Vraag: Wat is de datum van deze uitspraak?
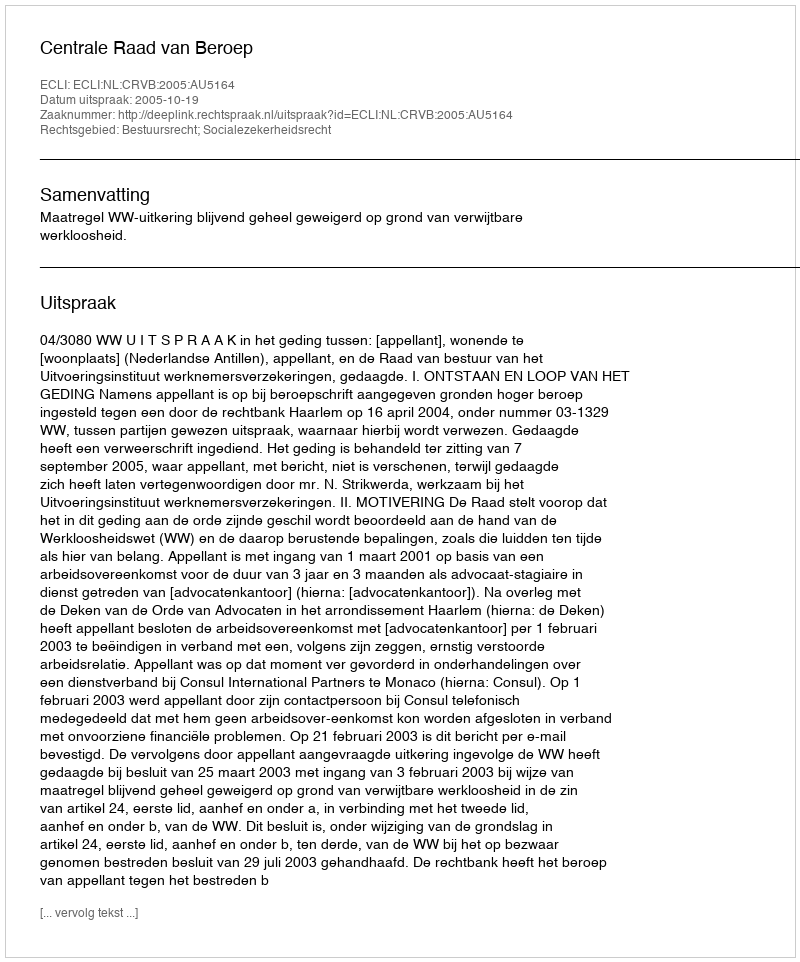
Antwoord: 2005-10-19